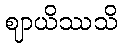
ဈာယိဿသိ